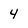
Character: 4